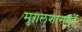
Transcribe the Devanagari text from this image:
मुगलशासकों